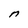
Character: n